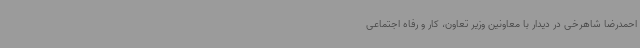
احمدرضا شاهرخی در دیدار با معاونین وزیر تعاون، کار و رفاه اجتماعی